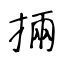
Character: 掚